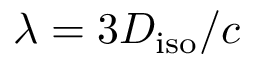
\lambda = 3 D _ { \mathrm { i s o } } / c